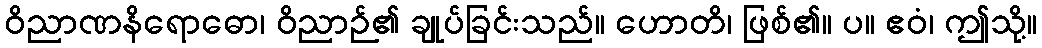
ဝိညာဏနိရောဓော၊ ဝိညာဉ်၏ ချုပ်ခြင်းသည်။ ဟောတိ၊ ဖြစ်၏။ ပ။ ဧဝံ၊ ဤသို့။